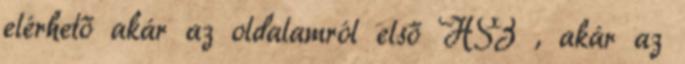
elérhető akár az oldalamról első HSZ , akár az